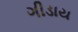
ગીડાય